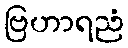
ဗြဟာရညံ